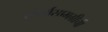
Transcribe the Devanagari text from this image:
संदर्भसामग्रीची